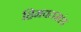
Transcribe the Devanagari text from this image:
हिमवतखंड